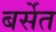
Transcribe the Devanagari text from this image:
बर्सेत